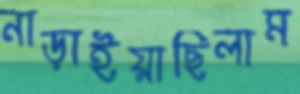
নাড়াইয়াছিলাম